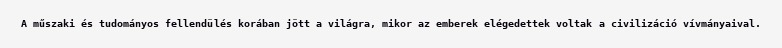
A műszaki és tudományos fellendülés korában jött a világra, mikor az emberek elégedettek voltak a civilizáció vívmányaival.